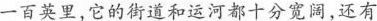
一百英里，它的街道和运河都十分宽阔，还有